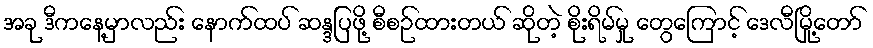
အခု ဒီကနေ့မှာလည်း နောက်ထပ် ဆန္ဒပြဖို့ စီစဉ်ထားတယ် ဆိုတဲ့ စိုးရိမ်မှု တွေကြောင့် ဒေလီမြို့တော်